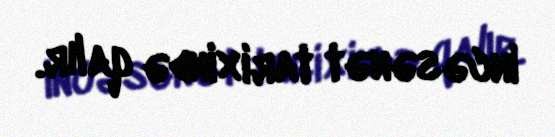
incəsənət tarixində qalır.